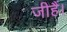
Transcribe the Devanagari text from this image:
जीहैं।